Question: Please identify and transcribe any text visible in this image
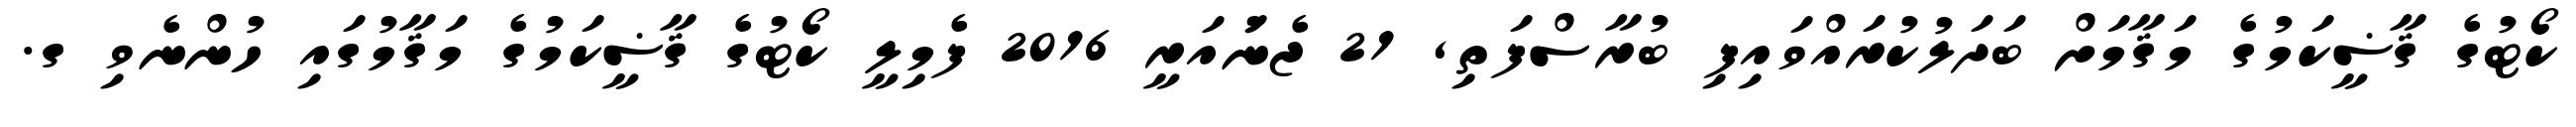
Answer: ކޯޓުގެ ޤާޟީކަމުގެ މަޤާމަށް ބަދަލުކުރައްވައިފި ބުރާސްފަތި, 21 ޖެނުައަރީ 2016 ފެމިލީ ކޯޓުގެ ޤާޟީކަމުގެ މަޤާމުގައި ހުންނެވި ގ.